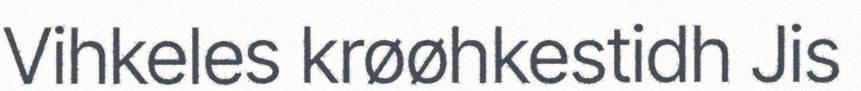
Vihkeles krøøhkestidh Jis